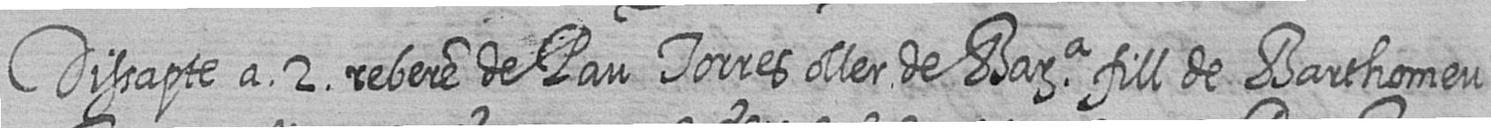
Dissapte a 2 rebere de Pau Torres oller de Bara fill de Barthomeu